Vaccination Hyderabad 1890-1903 - 1890-1903
Year: 1890
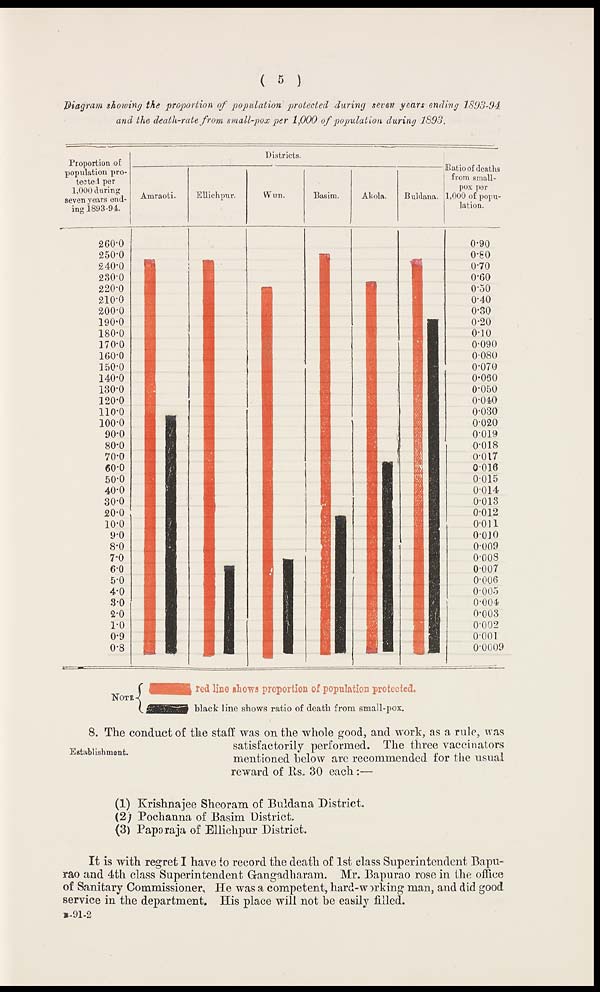
( 5 )
Diagram showing the proportion of population protected during seven years ending 1893-94
and the death-rate from small-pox per 1,000 of population during 1893.
Establishment.
8. The conduct of the staff was on the whole good, and work, as a rule, was
satisfactorily performed. The three vaccinators
mentioned below are recommended for the usual
reward of Rs. 30 each:—
(1) Krishnajee Sheoram of Buldana District.
(2) Pochanna of Basim District.
(3) Paparaja of Ellichpur District.
It is with regret I have to record the death of 1st class Superintendent Bapu¬
rao and 4th class Superintendent Gangadharam. Mr. Bapurao rose in the office
of Sanitary Commissioner. He was a competent, hard-working man, and did good
service in the department. His place will not be easily filled.
B-91-2